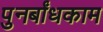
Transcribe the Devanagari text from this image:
पुनर्बांधकाम